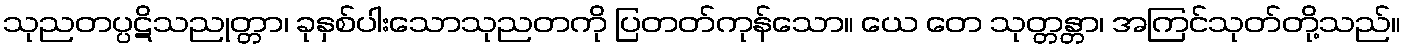
သုညတပ္ပဋိသညုတ္တာ၊ ခုနှစ်ပါးသောသုညတကို ပြတတ်ကုန်သော။ ယေ တေ သုတ္တန္တာ၊ အကြင်သုတ်တို့သည်။